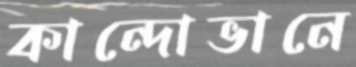
কান্দোভানে